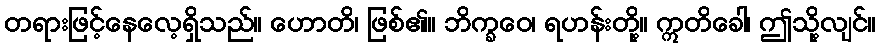
တရားဖြင့်နေလေ့ရှိသည်။ ဟောတိ၊ ဖြစ်၏။ ဘိက္ခဝေ၊ ရဟန်းတို့။ ဣတိခေါ၊ ဤသို့လျင်။